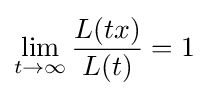
\lim _{t\to \infty }{\frac {L(tx)}{L(t)}}=1